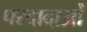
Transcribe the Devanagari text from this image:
परदादाओं